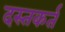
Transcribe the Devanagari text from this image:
दस्तकर्त